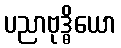
ပညာဗုဒ္ဓိယော